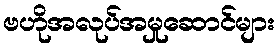
ဗဟိုအလုပ်အမှုဆောင်များ